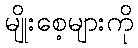
မျိုးစေ့များကို